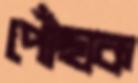
পোঁছাক